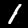
Label: 1